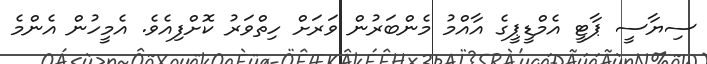
ސިޔާސީ ޕާޓީ އެމްޑީޕީގެ އާއްމު މެންބަރުން ވަރަށް ހިތްވަރު ކޮށްފިއެވެ. އެމީހުން އެންމެ